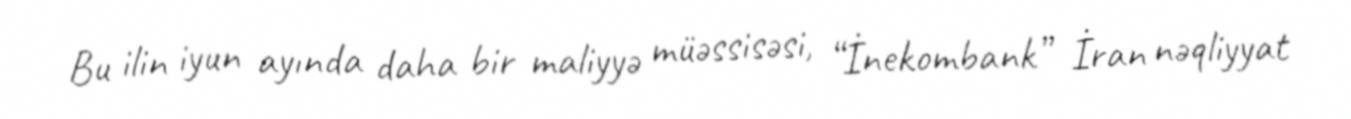
Bu ilin iyun ayında daha bir maliyyə müəssisəsi, “İnekombank” İran nəqliyyat